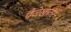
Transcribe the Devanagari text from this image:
पैजेखातर